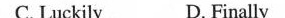
C. Luckily D. Finally